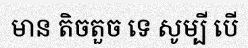
មាន តិចតួច ទេ សូម្បី បើ